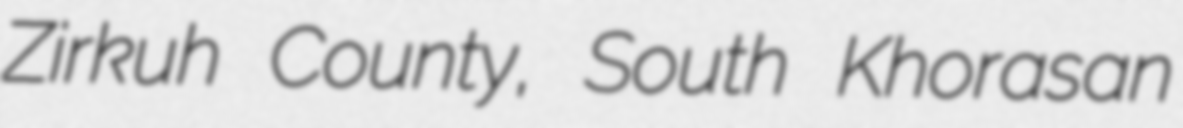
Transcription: Zirkuh County, South Khorasan